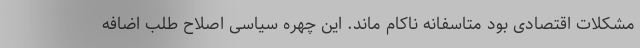
مشکلات اقتصادی بود متاسفانه ناکام ماند. این چهره سیاسی اصلاح طلب اضافه